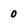
Character: 0